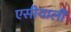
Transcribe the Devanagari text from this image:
एसीयाली